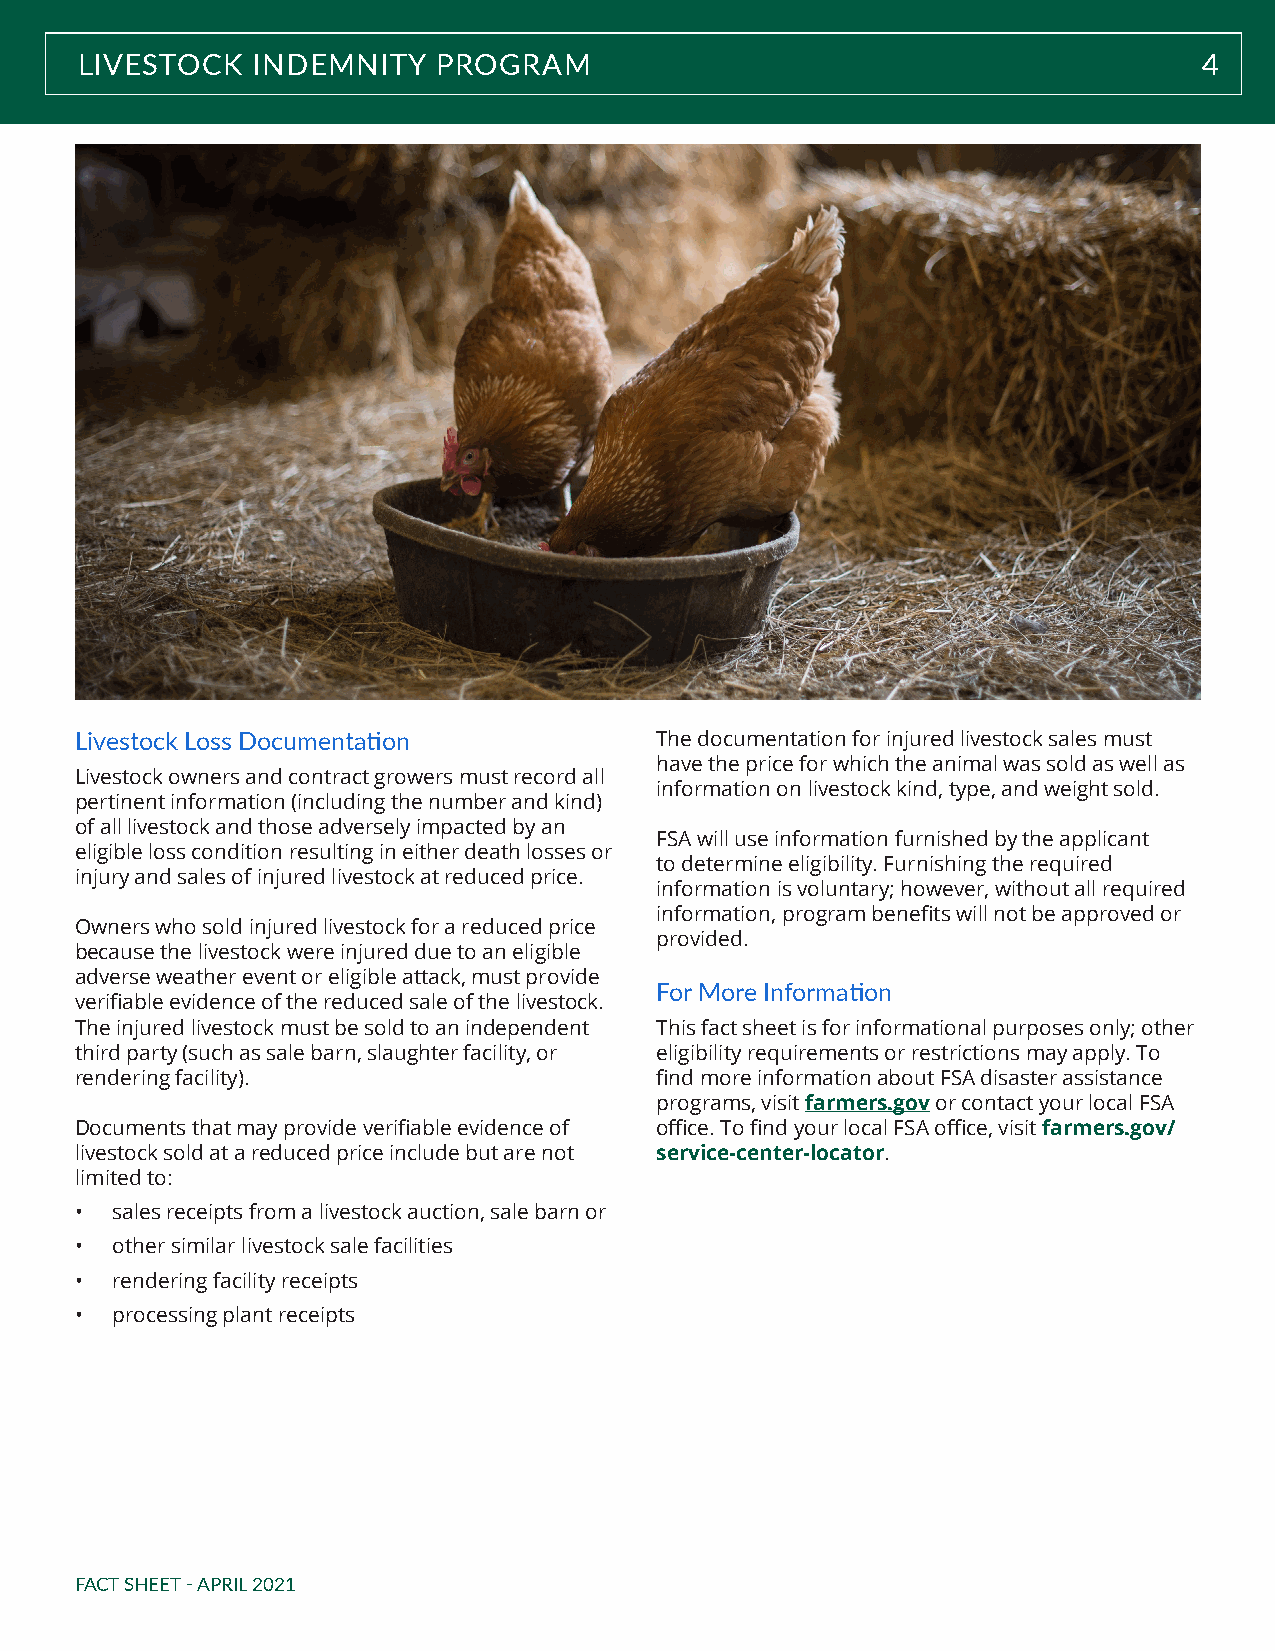
LIVESTOCK   INDEMNITY   PROGRAM                                           4
 Livestock Loss Documentation          The documentation for injured livestock sales must
 have the price for which the animal was sold as well as
 Livestock owners and contract growers must record all
 information on livestock kind, type, and weight sold.
 pertinent information (including the number and kind)
 of all livestock and those adversely impacted by an
 FSA will use information furnished by the applicant
 eligible loss condition resulting in either death losses or
 to determine eligibility. Furnishing the required
 injury and sales of injured livestock at reduced price.
 information is voluntary; however, without all required
 information, program benefits will not be approved or
 Owners who sold injured livestock for a reduced price
 provided.
 because the livestock were injured due to an eligible
 adverse weather event or eligible attack, must provide
 For More Information
 verifiable evidence of the reduced sale of the livestock.
 The injured livestock must be sold to an independent This fact sheet is for informational purposes only; other
 third party (such as sale barn, slaughter facility, or eligibility requirements or restrictions may apply. To
 rendering facility).                  find more information about FSA disaster assistance
 programs, visit farmers.gov or contact your local FSA
 Documents that may provide verifiable evidence of office. To find your local FSA office, visit farmers.gov/
 livestock sold at a reduced price include but are not service-center-locator.
 limited to:
 • sales receipts from a livestock auction, sale barn or
 • other similar livestock sale facilities
 • rendering facility receipts
 • processing plant receipts
 FACT SHEET - APRIL 2021